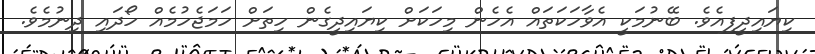
ކިޔައިދީފިއެވެ. ބޭނުމަކީ އެވާހަކަތައް އެހެން މިހަކަށް ކިޔައިދީގެން ހިތަށް ހަމަޖެހުމެއް ހޯދައި ދިނުމެވެ.